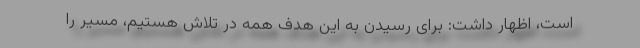
است، اظهار داشت: برای رسیدن به این هدف همه در تلاش هستیم، مسیر را